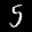
Label: 5